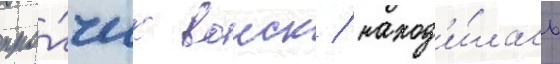
про́чих воиск / наход'и́лась